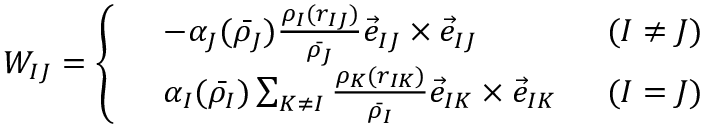
W _ { I J } = \left\{ \begin{array} { r l r } & { - \alpha _ { J } ( \bar { \rho _ { J } } ) \frac { \rho _ { I } ( r _ { I J } ) } { \bar { \rho _ { J } } } \vec { e } _ { I J } \times \vec { e } _ { I J } } & { \; \; ( I \ne J ) } \\ & { \alpha _ { I } ( \bar { \rho _ { I } } ) \sum _ { K \ne I } \frac { \rho _ { K } ( r _ { I K } ) } { \bar { \rho _ { I } } } \vec { e } _ { I K } \times \vec { e } _ { I K } } & { \; \; ( I = J ) } \end{array} \right.